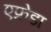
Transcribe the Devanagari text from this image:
एफ्रेडा